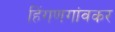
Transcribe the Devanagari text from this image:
हिंगणगांवकर